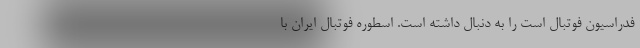
فدراسیون فوتبال است را به دنبال داشته است. اسطوره فوتبال ایران با